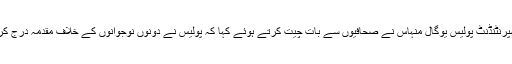
سینئر سپرنٹنڈنٹ پولیس یوگال منہاس نے صحافیوں سے بات چیت کرتے ہوئے کہا کہ پولیس نے دونوں نوجوانوں کے خلاف مقدمہ درج کر لیا ہے